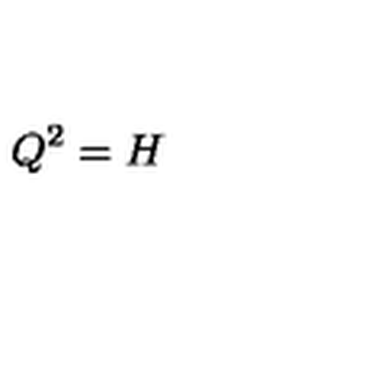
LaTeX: Q ^ { 2 } = H